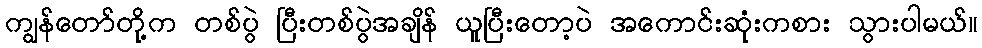
ကျွန်တော်တို့က တစ်ပွဲ ပြီးတစ်ပွဲအချိန် ယူပြီးတော့ပဲ အကောင်းဆုံးကစား သွားပါမယ်။